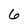
Character: 6